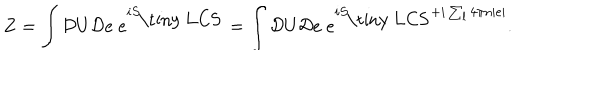
LaTeX: Z = \int { \cal D } U { \cal D } e ~ e ^ { i S _ { \mathrm { \tiny ~ L C S } } } = \int { \cal D } U { \cal D } e ~ e ^ { i S _ { \mathrm { \tiny ~ L C S } } + i \sum _ { l } 4 \pi n | e | } .